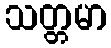
သတ္တမာ